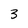
Character: 3